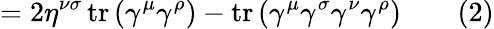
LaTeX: =2\eta^{\nu\sigma}\operatorname{tr}\left(\gamma^{\mu}\gamma^{\rho}\right)-\operatorname{tr}\left(\gamma^{\mu}\gamma^{\sigma}\gamma^{\nu}\gamma^{\rho}\right)\quad\quad(2)